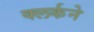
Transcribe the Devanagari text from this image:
क्लर्कने